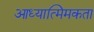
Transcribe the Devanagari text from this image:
आध्यात्मिमकता